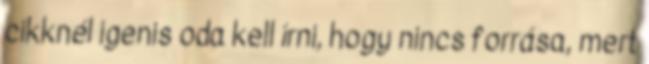
cikknél igenis oda kell írni, hogy nincs forrása, mert